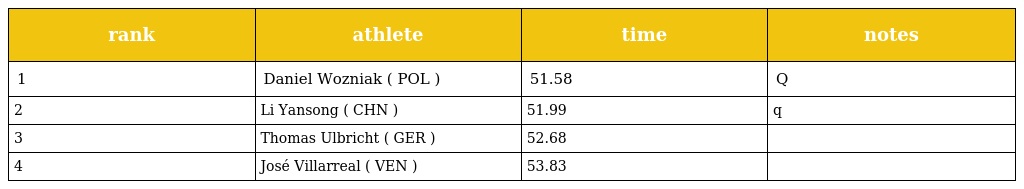
| rank | athlete | time | notes |
 | --- | --- | --- | --- |
 | 1 | Daniel Wozniak ( POL ) | 51.58 | Q |
 | 2 | Li Yansong ( CHN ) | 51.99 | q |
 | 3 | Thomas Ulbricht ( GER ) | 52.68 |  |
 | 4 | José Villarreal ( VEN ) | 53.83 |  |